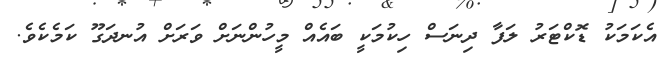
އެކަމަކު ޑޮކްޓަރު ލަފާ ދިނަސް ހިކުމަކީ ބައެއް މީހުންނަށް ވަރަށް އުނދަގޫ ކަމެކެވެ.